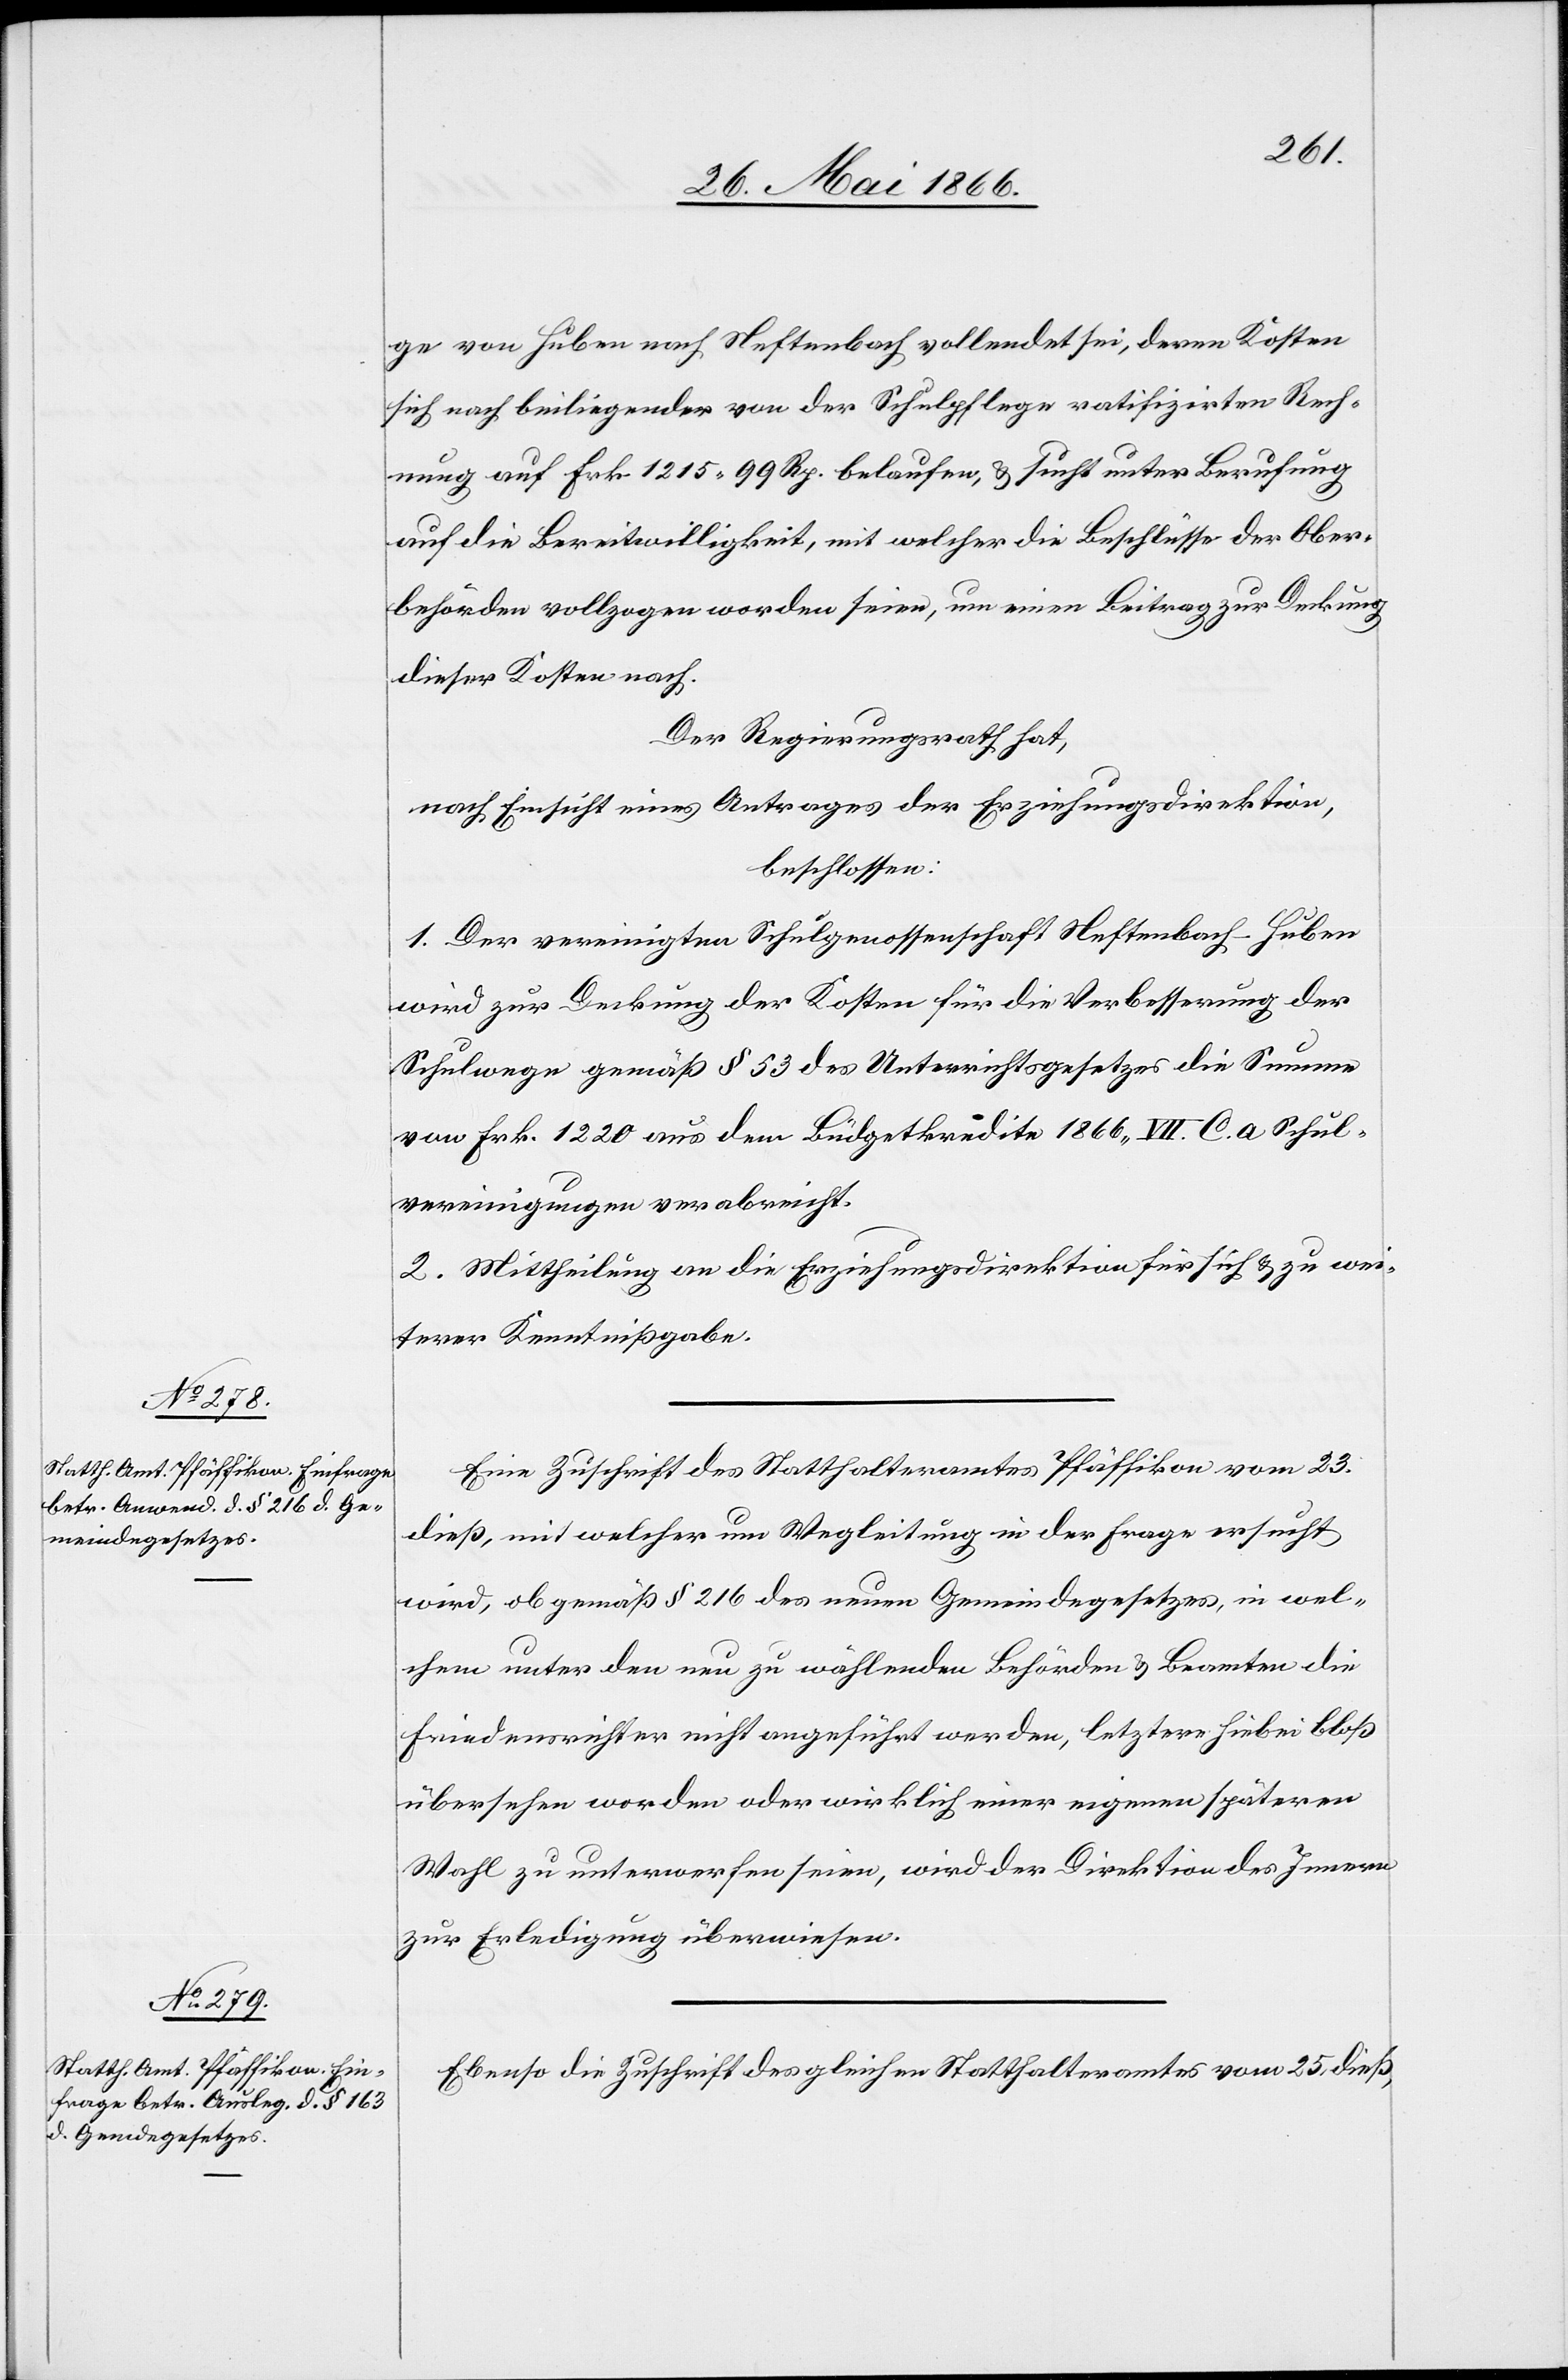
ge von Huben nach Neftenbach vollendet sei, deren Kosten
sich nach beiliegender von der Schulpflege ratifizirten Rech¬
nung auf Frk. 1215.99 Rp. belaufen, u. sucht unter Berufung
auf die Bereitwilligkeit, mit welcher die Beschlüsse der Ober¬
behörden vollzogen worden seien, um einen Beitrag zur Deckung
dieser Kosten nach.
Der Regierungsrath hat,
nach Einsicht eines Antrages der Erziehungsdirektion,
beschlossen:
1. Der vereinigten Schulgenossenschaft Neftenbach-Huben
wird zur Deckung der Kosten für die Verbesserung der
Schulwege gemäß § 53 des Unterrichtsgesetzes die Summe
von Frk. 1220 aus dem Büdgetkredite 1866. VII. C. a Schul¬
vereinigungen verabreicht.
2. Mittheilung an die Erziehungsdirektion für sich u. zu wei¬
terer Kenntnißgabe.
Eine Zuschrift des Statthalteramtes Pfäffikon vom 23.
dieß, mit welcher um Wegleitung in der Frage ersucht
wird, ob gemäß § 216 des neuen Gemeindegesetzes, in wel¬
chem unter den neu zu wählenden Behörden u. Beamten die
Friedensrichter nicht angeführt werden, letztere hiebei bloß
übersehen worden oder wirklich einer eigenen späteren
Wahl zu unterwerfen seien, wird der Direktion des Innern
zur Erledigung überwiesen.
Ebenso die Zuschrift des gleichen Statthalteramtes vom 25. dieß,